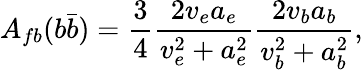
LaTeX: A_{fb}(b\bar{b})=\frac{3}{4}\frac{2v_{e}a_{e}}{v_{e}^{2}+a_{e}^{2}}\frac{2v_{b}a_{b}}{v_{b}^{2}+a_{b}^{2}},